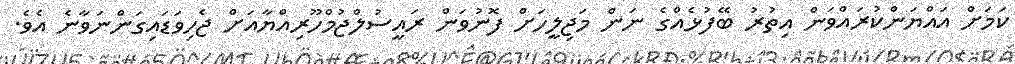
ކަމަށް އައްޔަންކުރައްވަން އިތުރު ބޭފުޅެއްގެ ނަން މަޖިލީހަށް ފޮނުވަން ރައީސުލްޖުމްހޫރިއްޔާއަށް ޖެހިވަޑައިގަންނަަވާނެ އެވެ.